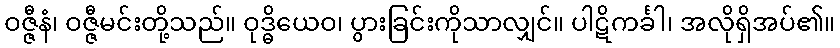
ဝဇ္ဇီနံ၊ ဝဇ္ဇီမင်းတို့သည်။ ဝုဒ္ဓိယေဝ၊ ပွားခြင်းကိုသာလျှင်။ ပါဋိကင်္ခါ၊ အလိုရှိအပ်၏။